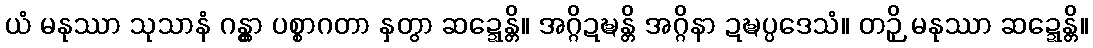
ယံ မနုဿာ သုသာနံ ဂန္တွာ ပစ္စာဂတာ နှတွာ ဆဍ္ဍေန္တိ။ အဂ္ဂိဍဍ္ဎန္တိ အဂ္ဂိနာ ဍဍ္ဎပ္ပဒေသံ။ တဉှိ မနုဿာ ဆဍ္ဍေန္တိ။